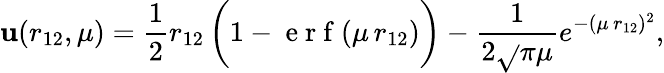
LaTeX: \mathbf{u}(r_{12},\mu)=\frac{{1}}{{2}}r_{12}\, \bigg(1-\mathrm{{~e~r~f~}}(\mu\, r_{12})\bigg)-\frac{{1}}{{2\sqrt{}{{\pi}}\mu}}e^{-(\mu\, r_{12})^{2}},